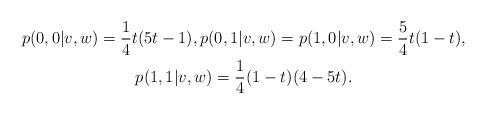
LaTeX: \begin{gather*}p(0,0|v,w)=\frac14t(5t-1),p(0,1|v,w)=p(1,0|v,w)=\frac54t(1-t),\\p(1,1|v,w)=\frac14(1-t)(4-5t).\end{gather*}